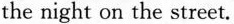
the night on the street.